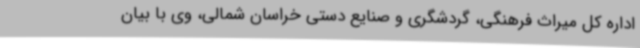
اداره کل میراث فرهنگی، گردشگری و صنایع دستی خراسان شمالی، وی با بیان